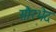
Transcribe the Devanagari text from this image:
सौरभेद